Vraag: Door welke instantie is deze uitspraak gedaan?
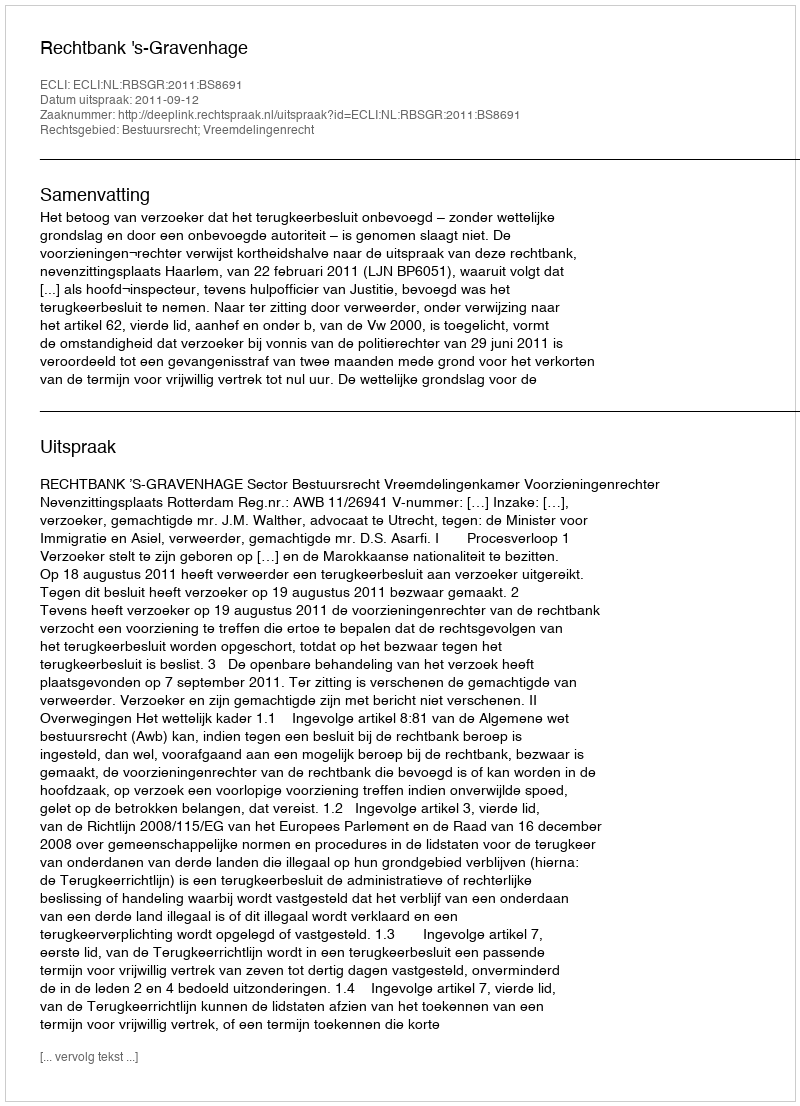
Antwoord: Rechtbank 's-Gravenhage